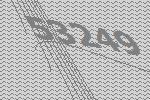
53249